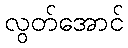
လွတ်အောင်